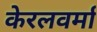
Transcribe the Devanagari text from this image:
केरलवर्मा